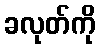
ခလုတ်ကို